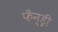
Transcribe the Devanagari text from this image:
फँन्ड्री